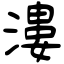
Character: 漊